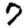
Digit: 7